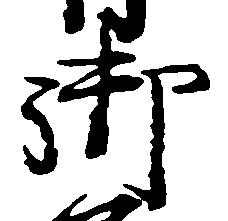
御